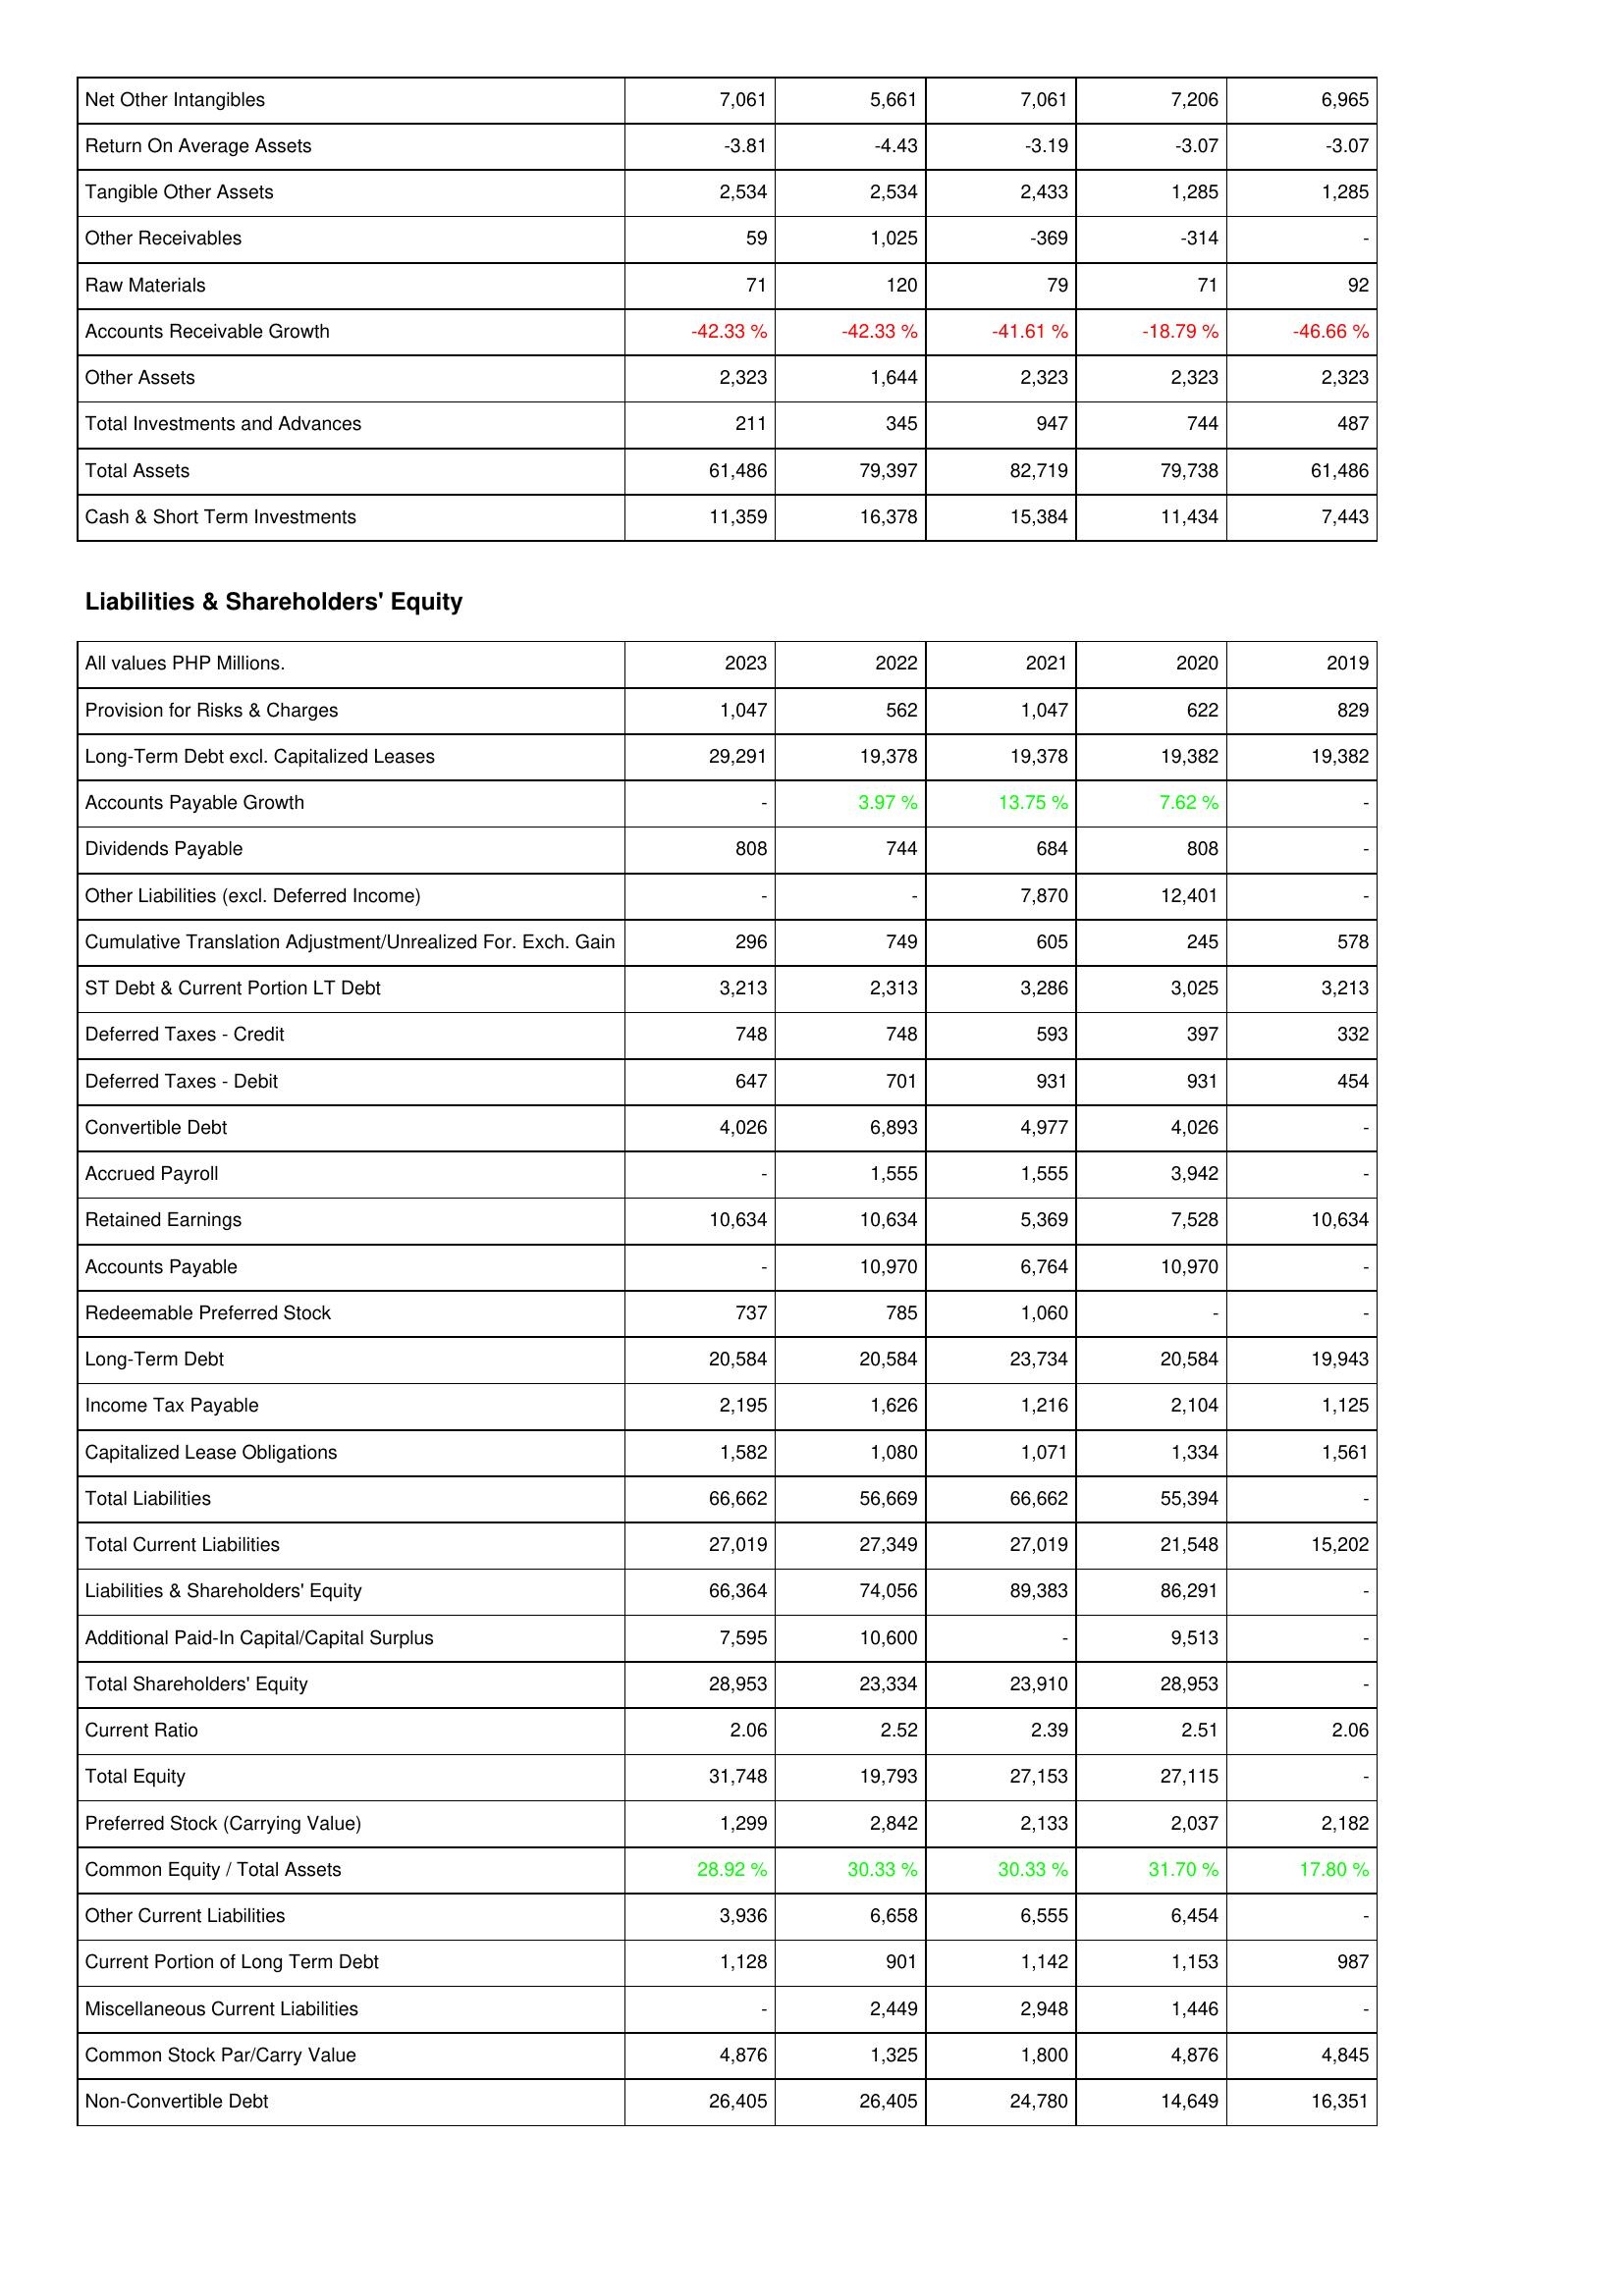
2023: Assets: Net Other Intangibles: 7,061
Return On Average Assets: -3.81
Tangible Other Assets: 2,534
Other Receivables: 59
Raw Materials: 71
Accounts Receivable Growth: -42.33 %
Other Assets: 2,323
Total Investments and Advances: 211
Total Assets: 61,486
Cash & Short Term Investments: 11,359
Liabilities & Shareholders' Equity: Provision for Risks & Charges: 1,047
Long-Term Debt excl. Capitalized Leases: 29,291
Accounts Payable Growth: -
Dividends Payable: 808
Other Liabilities (excl. Deferred Income): -
Cumulative Translation Adjustment/Unrealized For. Exch. Gain: 296
ST Debt & Current Portion LT Debt: 3,213
Deferred Taxes - Credit: 748
Deferred Taxes - Debit: 647
Convertible Debt: 4,026
Accrued Payroll: -
Retained Earnings: 10,634
Accounts Payable: -
Redeemable Preferred Stock: 737
Long-Term Debt: 20,584
Income Tax Payable: 2,195
Capitalized Lease Obligations: 1,582
Total Liabilities: 66,662
Total Current Liabilities: 27,019
Liabilities & Shareholders' Equity: 66,364
Additional Paid-In Capital/Capital Surplus: 7,595
Total Shareholders' Equity: 28,953
Current Ratio: 2.06
Total Equity: 31,748
Preferred Stock (Carrying Value): 1,299
Common Equity / Total Assets: 28.92 %
Other Current Liabilities: 3,936
Current Portion of Long Term Debt: 1,128
Miscellaneous Current Liabilities: -
Common Stock Par/Carry Value: 4,876
Non-Convertible Debt: 26,405
2022: Assets: Net Other Intangibles: 5,661
Return On Average Assets: -4.43
Tangible Other Assets: 2,534
Other Receivables: 1,025
Raw Materials: 120
Accounts Receivable Growth: -42.33 %
Other Assets: 1,644
Total Investments and Advances: 345
Total Assets: 79,397
Cash & Short Term Investments: 16,378
Liabilities & Shareholders' Equity: Provision for Risks & Charges: 562
Long-Term Debt excl. Capitalized Leases: 19,378
Accounts Payable Growth: 3.97 %
Dividends Payable: 744
Other Liabilities (excl. Deferred Income): -
Cumulative Translation Adjustment/Unrealized For. Exch. Gain: 749
ST Debt & Current Portion LT Debt: 2,313
Deferred Taxes - Credit: 748
Deferred Taxes - Debit: 701
Convertible Debt: 6,893
Accrued Payroll: 1,555
Retained Earnings: 10,634
Accounts Payable: 10,970
Redeemable Preferred Stock: 785
Long-Term Debt: 20,584
Income Tax Payable: 1,626
Capitalized Lease Obligations: 1,080
Total Liabilities: 56,669
Total Current Liabilities: 27,349
Liabilities & Shareholders' Equity: 74,056
Additional Paid-In Capital/Capital Surplus: 10,600
Total Shareholders' Equity: 23,334
Current Ratio: 2.52
Total Equity: 19,793
Preferred Stock (Carrying Value): 2,842
Common Equity / Total Assets: 30.33 %
Other Current Liabilities: 6,658
Current Portion of Long Term Debt: 901
Miscellaneous Current Liabilities: 2,449
Common Stock Par/Carry Value: 1,325
Non-Convertible Debt: 26,405
2021: Assets: Net Other Intangibles: 7,061
Return On Average Assets: -3.19
Tangible Other Assets: 2,433
Other Receivables: -369
Raw Materials: 79
Accounts Receivable Growth: -41.61 %
Other Assets: 2,323
Total Investments and Advances: 947
Total Assets: 82,719
Cash & Short Term Investments: 15,384
Liabilities & Shareholders' Equity: Provision for Risks & Charges: 1,047
Long-Term Debt excl. Capitalized Leases: 19,378
Accounts Payable Growth: 13.75 %
Dividends Payable: 684
Other Liabilities (excl. Deferred Income): 7,870
Cumulative Translation Adjustment/Unrealized For. Exch. Gain: 605
ST Debt & Current Portion LT Debt: 3,286
Deferred Taxes - Credit: 593
Deferred Taxes - Debit: 931
Convertible Debt: 4,977
Accrued Payroll: 1,555
Retained Earnings: 5,369
Accounts Payable: 6,764
Redeemable Preferred Stock: 1,060
Long-Term Debt: 23,734
Income Tax Payable: 1,216
Capitalized Lease Obligations: 1,071
Total Liabilities: 66,662
Total Current Liabilities: 27,019
Liabilities & Shareholders' Equity: 89,383
Additional Paid-In Capital/Capital Surplus: -
Total Shareholders' Equity: 23,910
Current Ratio: 2.39
Total Equity: 27,153
Preferred Stock (Carrying Value): 2,133
Common Equity / Total Assets: 30.33 %
Other Current Liabilities: 6,555
Current Portion of Long Term Debt: 1,142
Miscellaneous Current Liabilities: 2,948
Common Stock Par/Carry Value: 1,800
Non-Convertible Debt: 24,780
2020: Assets: Net Other Intangibles: 7,206
Return On Average Assets: -3.07
Tangible Other Assets: 1,285
Other Receivables: -314
Raw Materials: 71
Accounts Receivable Growth: -18.79 %
Other Assets: 2,323
Total Investments and Advances: 744
Total Assets: 79,738
Cash & Short Term Investments: 11,434
Liabilities & Shareholders' Equity: Provision for Risks & Charges: 622
Long-Term Debt excl. Capitalized Leases: 19,382
Accounts Payable Growth: 7.62 %
Dividends Payable: 808
Other Liabilities (excl. Deferred Income): 12,401
Cumulative Translation Adjustment/Unrealized For. Exch. Gain: 245
ST Debt & Current Portion LT Debt: 3,025
Deferred Taxes - Credit: 397
Deferred Taxes - Debit: 931
Convertible Debt: 4,026
Accrued Payroll: 3,942
Retained Earnings: 7,528
Accounts Payable: 10,970
Redeemable Preferred Stock: -
Long-Term Debt: 20,584
Income Tax Payable: 2,104
Capitalized Lease Obligations: 1,334
Total Liabilities: 55,394
Total Current Liabilities: 21,548
Liabilities & Shareholders' Equity: 86,291
Additional Paid-In Capital/Capital Surplus: 9,513
Total Shareholders' Equity: 28,953
Current Ratio: 2.51
Total Equity: 27,115
Preferred Stock (Carrying Value): 2,037
Common Equity / Total Assets: 31.70 %
Other Current Liabilities: 6,454
Current Portion of Long Term Debt: 1,153
Miscellaneous Current Liabilities: 1,446
Common Stock Par/Carry Value: 4,876
Non-Convertible Debt: 14,649
2019: Assets: Net Other Intangibles: 6,965
Return On Average Assets: -3.07
Tangible Other Assets: 1,285
Other Receivables: -
Raw Materials: 92
Accounts Receivable Growth: -46.66 %
Other Assets: 2,323
Total Investments and Advances: 487
Total Assets: 61,486
Cash & Short Term Investments: 7,443
Liabilities & Shareholders' Equity: Provision for Risks & Charges: 829
Long-Term Debt excl. Capitalized Leases: 19,382
Accounts Payable Growth: -
Dividends Payable: -
Other Liabilities (excl. Deferred Income): -
Cumulative Translation Adjustment/Unrealized For. Exch. Gain: 578
ST Debt & Current Portion LT Debt: 3,213
Deferred Taxes - Credit: 332
Deferred Taxes - Debit: 454
Convertible Debt: -
Accrued Payroll: -
Retained Earnings: 10,634
Accounts Payable: -
Redeemable Preferred Stock: -
Long-Term Debt: 19,943
Income Tax Payable: 1,125
Capitalized Lease Obligations: 1,561
Total Liabilities: -
Total Current Liabilities: 15,202
Liabilities & Shareholders' Equity: -
Additional Paid-In Capital/Capital Surplus: -
Total Shareholders' Equity: -
Current Ratio: 2.06
Total Equity: -
Preferred Stock (Carrying Value): 2,182
Common Equity / Total Assets: 17.80 %
Other Current Liabilities: -
Current Portion of Long Term Debt: 987
Miscellaneous Current Liabilities: -
Common Stock Par/Carry Value: 4,845
Non-Convertible Debt: 16,351